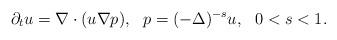
LaTeX: \begin{align*}\partial_t u=\nabla\cdot(u\nabla p),\ \ p=(-\Delta)^{-s}u,\ \ 0<s<1.\end{align*}